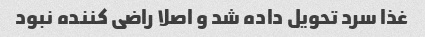
غذا سرد تحویل داده شد و اصلا راضی کننده نبود